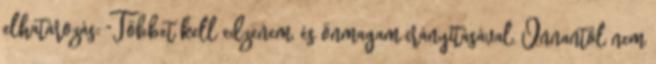
elhatározás: "Többet kell edzenem, és önmagam irányításával. Onnantól nem